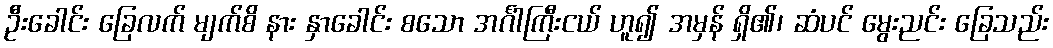
ဦးခေါင်း ခြေလက် မျက်စိ နား နှာခေါင်း စသော အင်္ဂါကြီးငယ် ဟူ၍ အမှန် ရှိ၏၊ ဆံပင် မွေးညင်း ခြေသည်း